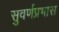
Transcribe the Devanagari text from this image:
सुवर्णप्रभास